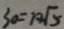
3 a = 1 2 \sqrt { 5 }